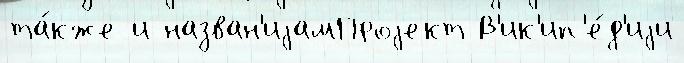
та́кже и назван'иjамПроjект В'ик'ип'е́д'иjи